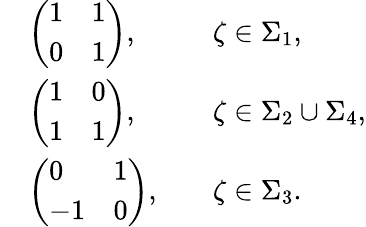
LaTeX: \begin{array}{rlrl}&{\left(\begin{array}{ll}{1}&{1}\\ {0}&{1}\end{array}\right),}&&{\zeta\in\Sigma_{1},}\\ &{\left(\begin{array}{ll}{1}&{0}\\ {1}&{1}\end{array}\right),}&&{\zeta\in\Sigma_{2}\cup\Sigma_{4},}\\ &{\left(\begin{array}{ll}{0}&{1}\\ {-1}&{0}\end{array}\right),}&&{\zeta\in\Sigma_{3}.}\end{array}